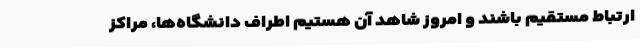
ارتباط مستقیم باشند و امروز شاهد آن هستیم اطراف دانشگاه‌ها، مراکز